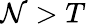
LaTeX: \mathcal{N}>T